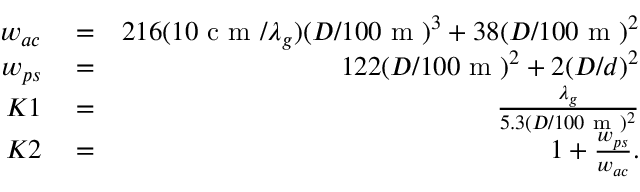
\begin{array} { r l r } { w _ { a c } } & { { } = } & { 2 1 6 ( 1 0 \mathrm { ~ c ~ m ~ } / \lambda _ { g } ) ( D / 1 0 0 \mathrm { ~ m ~ } ) ^ { 3 } + 3 8 ( D / 1 0 0 \mathrm { ~ m ~ } ) ^ { 2 } } \\ { w _ { p s } } & { { } = } & { 1 2 2 ( D / 1 0 0 \mathrm { ~ m ~ } ) ^ { 2 } + 2 ( D / d ) ^ { 2 } } \\ { K 1 } & { { } = } & { \frac { \lambda _ { g } } { 5 . 3 ( D / 1 0 0 \mathrm { ~ m ~ } ) ^ { 2 } } } \\ { K 2 } & { { } = } & { 1 + \frac { w _ { p s } } { w _ { a c } } . } \end{array}